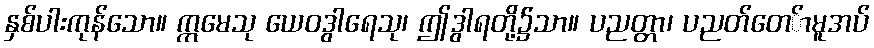
နှစ်ပါးကုန်သော။ ဣမေသု ယေဝဒွါရေသု၊ ဤဒွါရတို့၌သာ။ ပညတ္တာ၊ ပညတ်တေ်ာမူအပ်